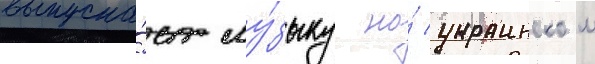
выпуска́ет му́зыку на́ украинском